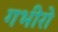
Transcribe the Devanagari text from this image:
गभीरो